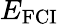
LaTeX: E_{\textrm{FCI}}